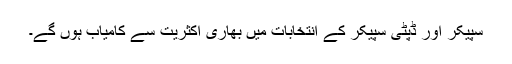
سپیکر اور ڈپٹی سپیکر کے انتخابات میں بھاری اکثریت سے کامیاب ہوں گے۔